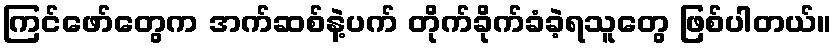
ကြင်ဖော်တွေက အက်ဆစ်နဲ့ပက် တိုက်ခိုက်ခံခဲ့ရသူတွေ ဖြစ်ပါတယ်။